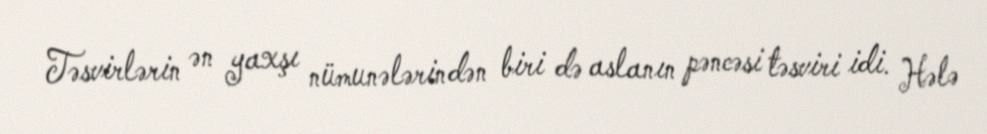
Təsvirlərin ən yaxşı nümunələrindən biri də aslanın pəncəsi təsviri idi. Hələ